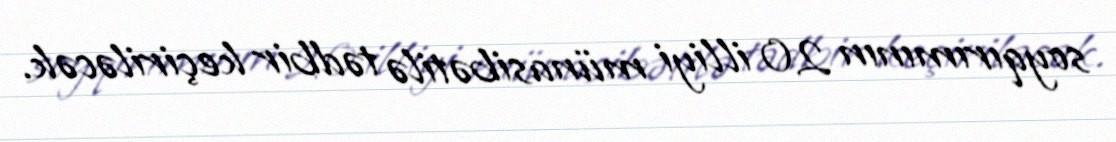
soyqırımının 20 illiyi münasibətilə tədbir keçiriləcək.